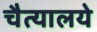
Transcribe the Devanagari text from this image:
चैत्यालये